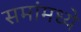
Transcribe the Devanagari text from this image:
समांमध्ये